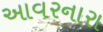
આવરનારા